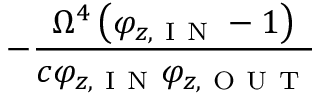
- \frac { \Omega ^ { 4 } \left( \varphi _ { z , \mathrm { ~ I ~ N ~ } } - 1 \right) } { c \varphi _ { z , \mathrm { ~ I ~ N ~ } } \varphi _ { z , \mathrm { ~ O ~ U ~ T ~ } } }